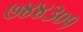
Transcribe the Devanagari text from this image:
७४४३०१